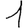
Digit: 1